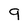
Character: 9